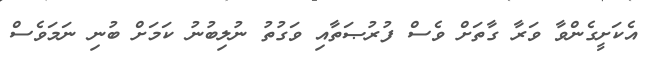
އެކަށީގެންވާ ވަރާ ގާތަށް ވެސް ފުރުޞަތާއި ވަގުތު ނުލިބުނު ކަމަށް ބުނި ނަމަވެސް